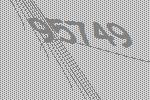
95749